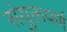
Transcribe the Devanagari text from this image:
संयुक्तपर्ण